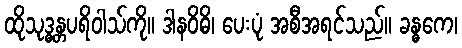
ထိုသုဒ္ဓန္တပရိဝါသ်ကို။ ဒါနဝိဓိ၊ ပေးပုံ အစီအရင်သည်။ ခန္ဓကေ၊